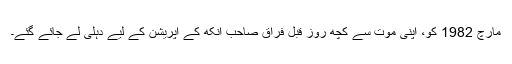
مارچ 1982 کو، اپنی موت سے کچھ روز قبل فراقؔ صاحب آنکھ کے آپریشن کے لیے دہلی لے جائے گئے۔